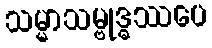
သမ္မာသမ္ဗုဒ္ဓဿပေ